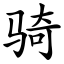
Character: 骑